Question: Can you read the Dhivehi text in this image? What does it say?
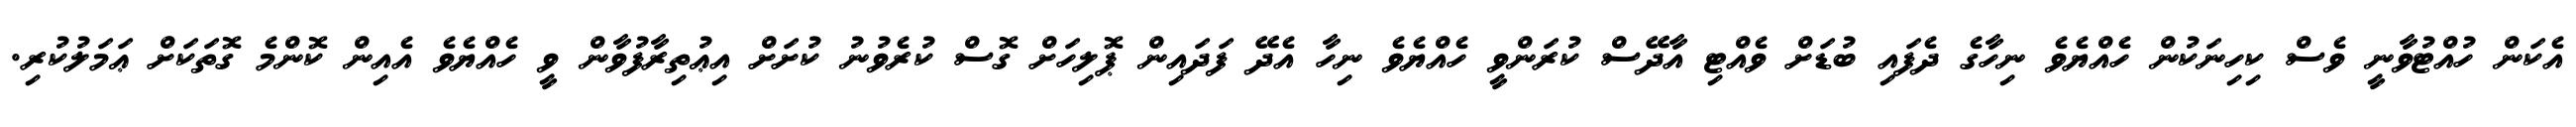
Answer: އެކަން ހުއްޓުވާނީ ވެސް ކިހިނަކުން ހެއްޔެވެ ނިހާގެ ދެފައި ބުޑަށް ވެއްޓި އާދޭސް ކުރަންވީ ހެއްޔެވެ ނިހާ އެދޭ ފަދައިން ޕޮލިހަށް ގޮސް ކުރެވުނު ކުށަށް އިޢުތިރާފުވާން ވީ ހެއްޔެވެ އެއިން ކޮންމެ ގޮތަކަށް ޢަމަލުކުރި.